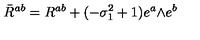
\bar { R } ^ { a b } = R ^ { a b } + ( - \sigma _ { 1 } ^ { 2 } + 1 ) e ^ { a } \mathrm { \tiny \wedge } e ^ { b }